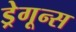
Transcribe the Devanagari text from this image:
ड्रेगून्स